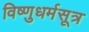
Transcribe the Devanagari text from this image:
विष्णुधर्मसूत्र